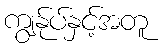
ကျွန်ုပ်နှင့်အတူ